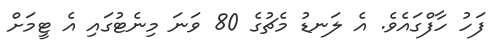
ފަހު ހާފްގައެވެ. އެ ލަނޑު މެޗުގެ 80 ވަނަ މިނެޓުގައި އެ ޓީމަށް